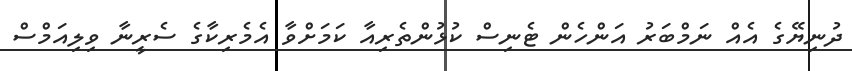
ދުނިޔޭގެ އެއް ނަމްބަރު އަންހެން ޓެނިސް ކުޅުންތެރިއާ ކަމަށްވާ އެމެރިކާގެ ސެރީނާ ވިލިއަމްސް